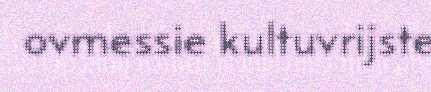
ovmessie kultuvrijste